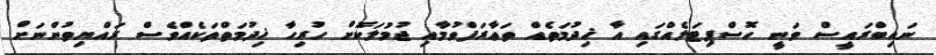
ނައިބްރައީސް ވަނީ ހޮސްޕިޓަލެއްގައި އާ ޚިދުމަތެއް ތަޢާރަފްވުމާއި ޖުމުލަކޮށް ހުރިހާ ޚިދުމަތްތަކެއްވެސް ރައްޔިތުންނަށް